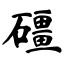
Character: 礓